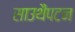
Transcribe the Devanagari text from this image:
साउथैंपटन